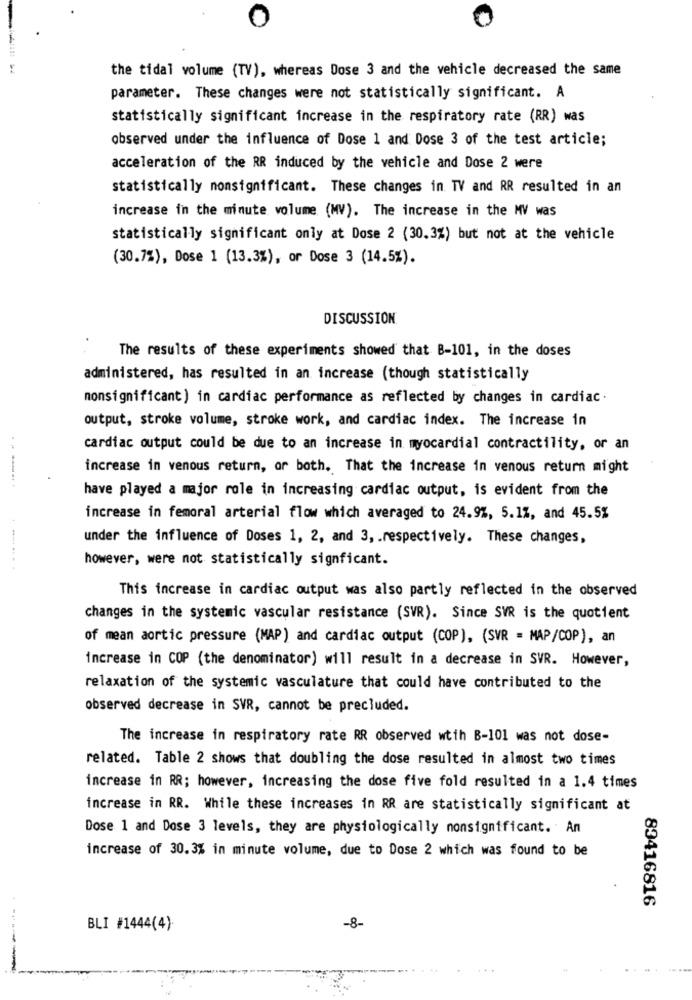
the tidal volume (TV), whereas Dose 3 and the vehicle decreased the same
parameter. These changes were not statistically significant. A
statistically significant increase in the respiratory rate (RR) was
observed under the influence of Dose 1 and Dose 3 of the test article;
acceleration of the RR induced by the vehicle and Dose 2 were
statistically nomsignificant. These changes in TV and RR resulted in an
increase in the minute volume (MV). The increase in the MV was
statistically significant only at Dose 2 (30.3%) but not at the vehicle
(30.7%), Dose 1 (13.3%), or Dose 3 (14.5%).
DISCUSSION
The results of these experiments showed that B-101, in the doses
administered, has resulted in an increase (though statistically
nonsignificant) in cardiac performance as reflected by changes in cardiac.
output, stroke volume, stroke work, and cardiac index. The increase in
cardiac output could be due to an increase in myocardial contractility, or an
increase in venous return, or both. That the increase in venous return might
have played a major role in increasing cardiac output, is evident from the
increase in femoral arterial flow which averaged to 24.9%, 5.1%, and 45.5%
under the influence of Doses 1, 2, and 3, . respectively. These changes,
however, were not statistically signficant.
..... .. . .
This increase in cardiac output was also partly reflected in the observed
changes in the systemic vascular resistance (SVR). Since SVR is the quotient
of mean aortic pressure (MAP) and cardiac output (COP), (SVR = MAP/COP), an
increase in COP (the denominator) will result in a decrease in SVR. However,
relaxation of the systemic vasculature that could have contributed to the
observed decrease in SVR, cannot be precluded.
The increase in respiratory rate RR observed wtih B-101 was not dose-
related. Table 2 shows that doubling the dose resulted in almost two times
increase in RR; however, increasing the dose five fold resulted in a 1.4 times
increase in RR. While these increases in RR are statistically significant at
Dose 1 and Dose 3 levels, they are physiologically nonsignificant. An
increase of 30.3% in minute volume, due to Dose 2 which was found to be
89416816
BLI #1444(4)
-8-
-----